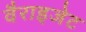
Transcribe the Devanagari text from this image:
वैराइजेट